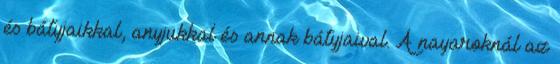
és bátyjaikkal, anyjukkal és annak bátyjaival. A nayaroknál az